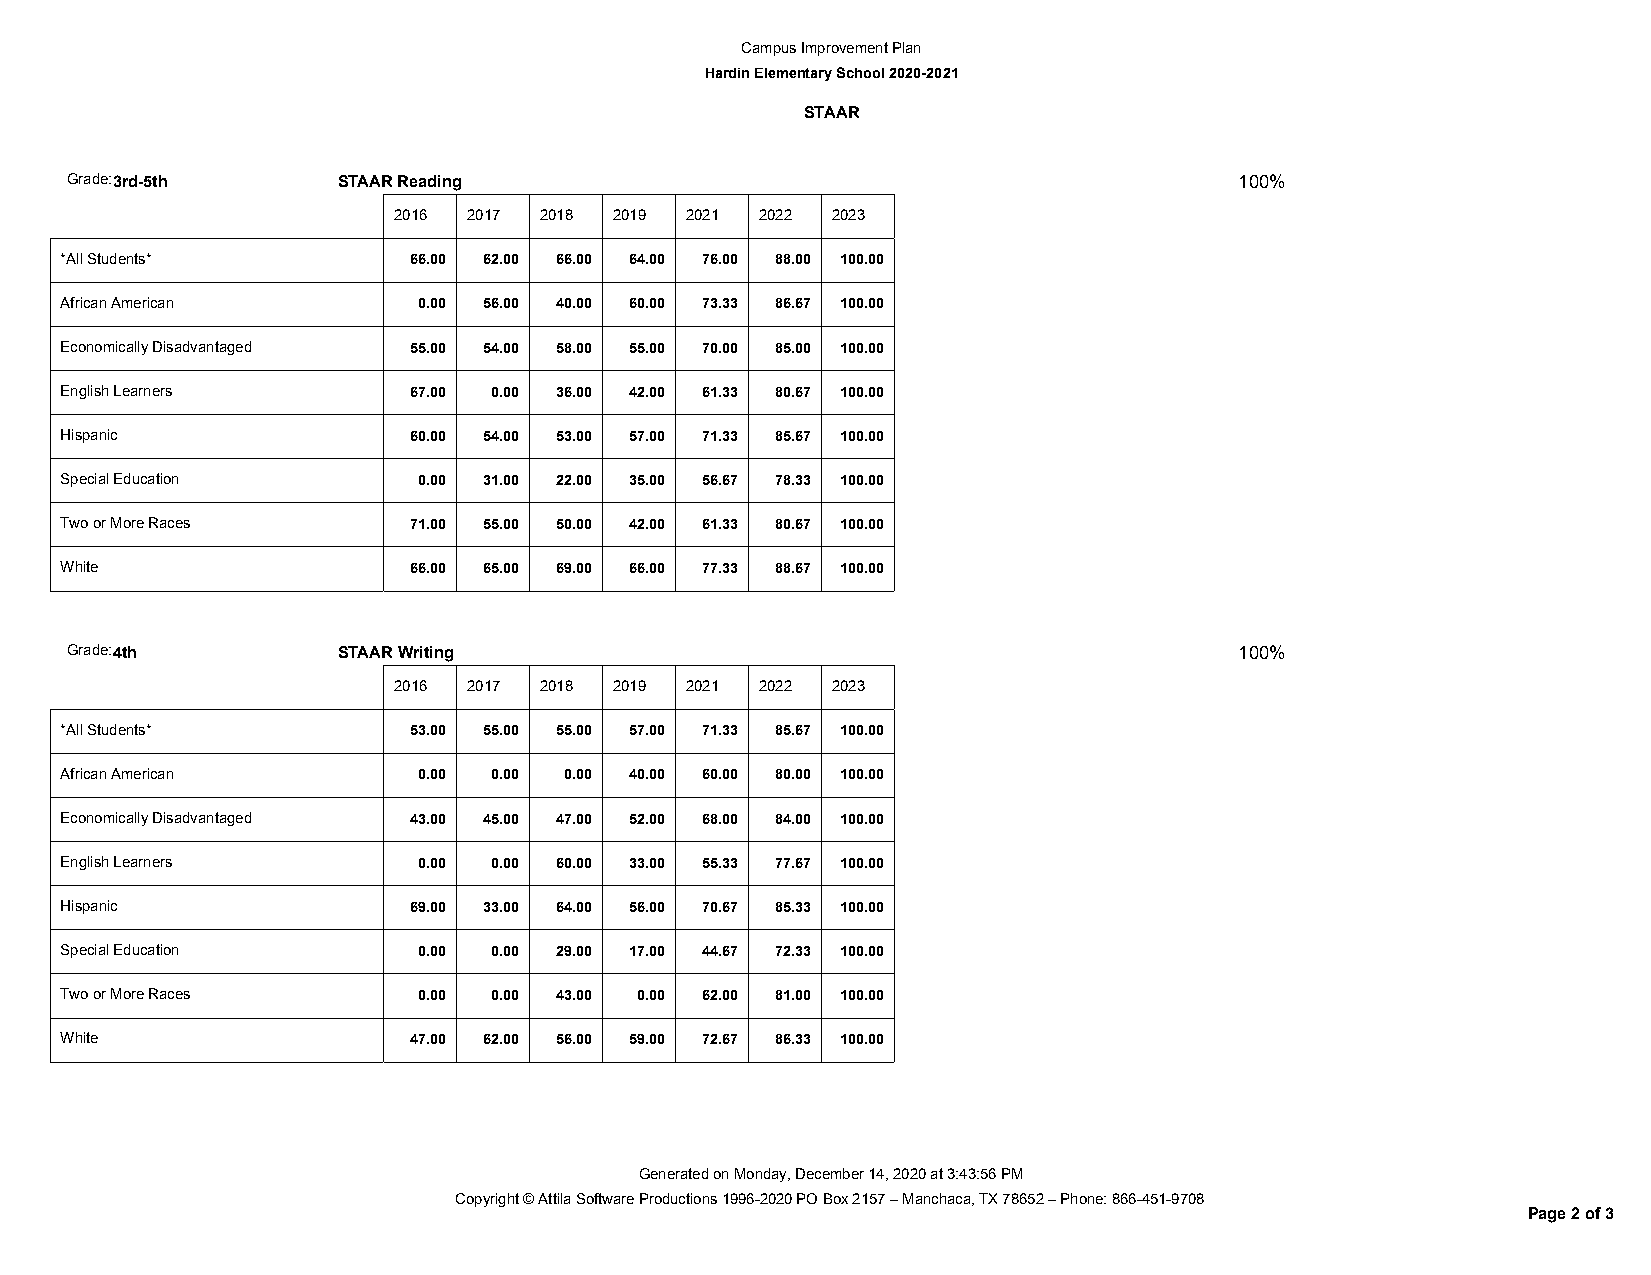
Campus Improvement Plan
 Hardin Elementary School 2020-2021
 STAAR
 Grade:3rd-5th     STAAR Reading                                               100%
 2016 2017 2018 2019 2021 2022 2023
 *All Students*         66.00 62.00 66.00 64.00 76.00 88.00 100.00
 African American        0.00 56.00 40.00 60.00 73.33 86.67 100.00
 Economically Disadvantaged 55.00 54.00 58.00 55.00 70.00 85.00 100.00
 English Learners       67.00 0.00 36.00 42.00 61.33 80.67 100.00
 Hispanic               60.00 54.00 53.00 57.00 71.33 85.67 100.00
 Special Education       0.00 31.00 22.00 35.00 56.67 78.33 100.00
 Two or More Races      71.00 55.00 50.00 42.00 61.33 80.67 100.00
 White                  66.00 65.00 69.00 66.00 77.33 88.67 100.00
 Grade:4th         STAAR Writing                                               100%
 2016 2017 2018 2019 2021 2022 2023
 *All Students*         53.00 55.00 55.00 57.00 71.33 85.67 100.00
 African American        0.00 0.00 0.00 40.00 60.00 80.00 100.00
 Economically Disadvantaged 43.00 45.00 47.00 52.00 68.00 84.00 100.00
 English Learners        0.00 0.00 60.00 33.00 55.33 77.67 100.00
 Hispanic               69.00 33.00 64.00 56.00 70.67 85.33 100.00
 Special Education       0.00 0.00 29.00 17.00 44.67 72.33 100.00
 Two or More Races       0.00 0.00 43.00 0.00 62.00 81.00 100.00
 White                  47.00 62.00 56.00 59.00 72.67 86.33 100.00
 Generated on Monday, December 14, 2020 at 3:43:56 PM
 Copyright © Attila Software Productions 1996-2020 PO Box 2157 – Manchaca, TX 78652 – Phone: 866-451-9708
 Page 2 of 3